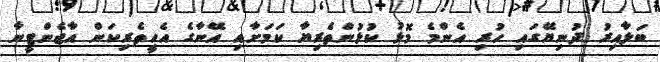
ބަލާއިރު ދުނިޔޭގައި ހުރި އެންމެ މޮޅު ކުޅުންތެރިޔާ ކަމަށާއި އޭނާގެ އެހީތެރިކަން އާޖެންޓީނާ